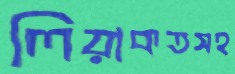
লিয়াকতসহ